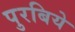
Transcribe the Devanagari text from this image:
पुरबिये